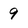
Character: 9